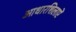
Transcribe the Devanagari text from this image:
आधारशिलाऐं